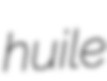
huile